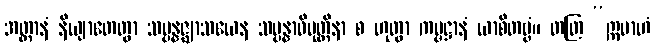
အတ္တာနံ နိယျာတေတွာ သမ္ပန္နဇ္ဈာသယေန သမ္ပန္နာဓိမုတ္တိနာ စ ဟုတွာ ကမ္မဋ္ဌာနံ ယာစိတဗ္ဗံ။ တတြ “ဣမာဟံ